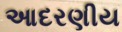
આદરણીય